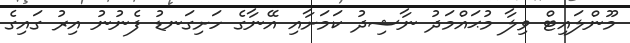
މޫންލައިޓް ވިލާ މުޙައްމަދު ނާޝިދު ކަމަށާއި އޭނާގެ ހަށިގަނޑު ފެނުނު އިރު ގައިގެ